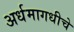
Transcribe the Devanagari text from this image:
अर्धमागधीचे